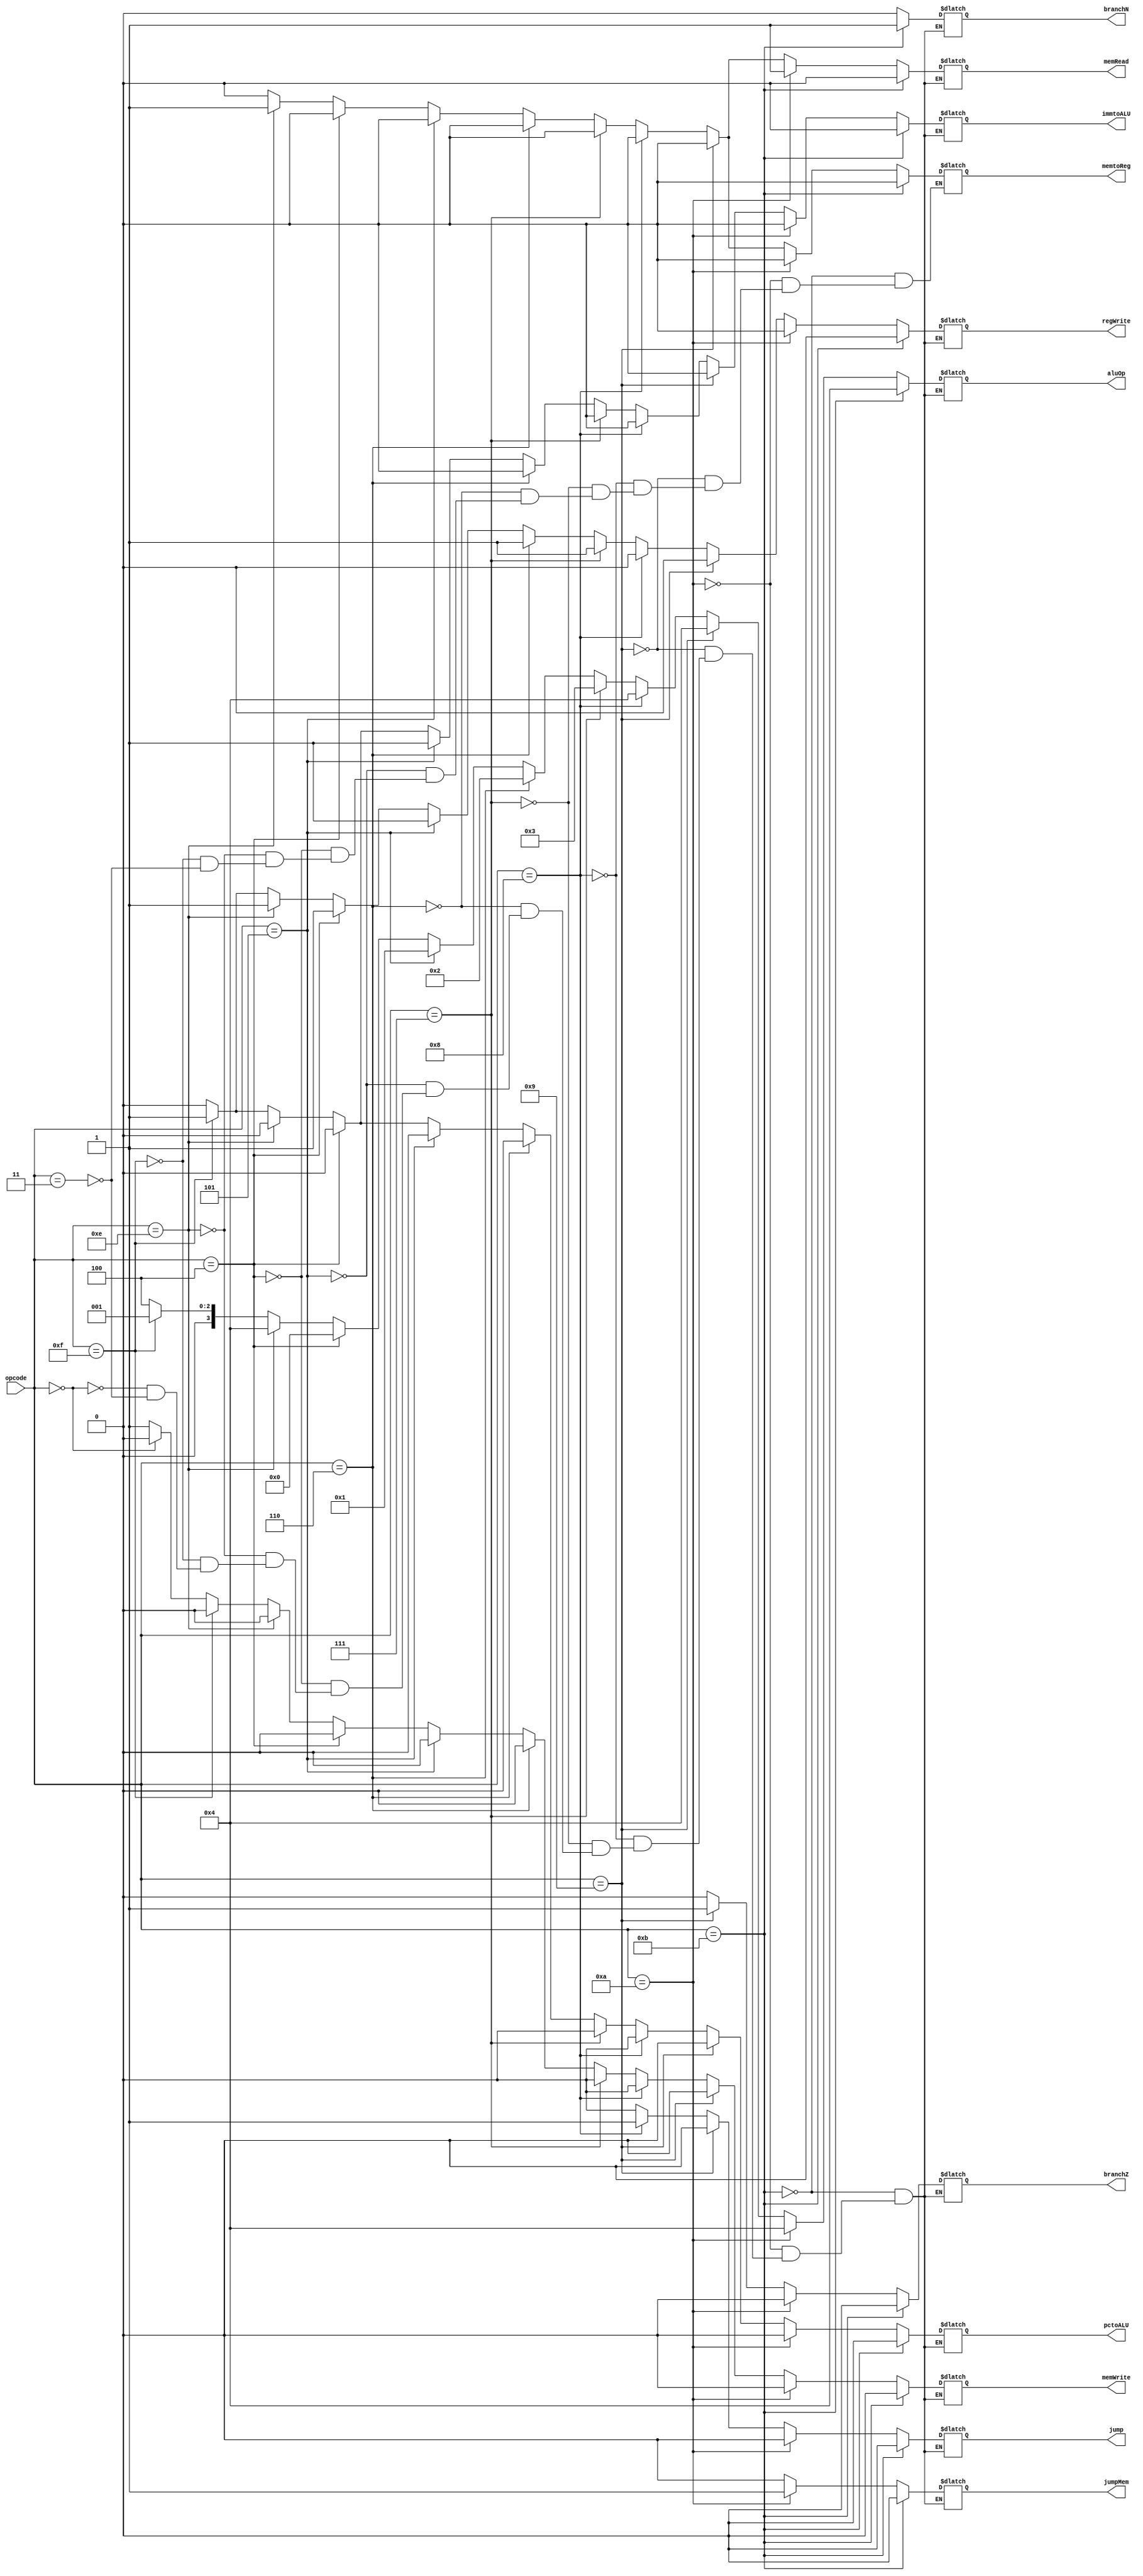
module control_unit(opcode, regWrite, memtoReg, pctoALU, immtoALU, branchN, branchZ, jump, jumpMem, memRead, memWrite, aluOp);
input [3:0] opcode;
output reg [3:0] aluOp;
output reg regWrite, memtoReg, pctoALU, immtoALU, branchN, branchZ, jump, jumpMem, memRead, memWrite;
always@(opcode)
    begin
	if (opcode == 4'b0011) //Store
	begin
		regWrite = 0;
		memtoReg = 0;
		pctoALU= 0;
		immtoALU = 0;
		branchN = 0;
		branchZ = 0;
		jump = 0;
		jumpMem=0;
		memRead = 0;
		memWrite = 1;
		aluOp = 4'b0100;
	end
	
	if (opcode == 4'b0000) //NOP
	begin
		regWrite = 0;
		pctoALU= 0;
		immtoALU = 0;
		branchN = 0;
		branchZ = 0;
		jump = 0;
		jumpMem=0;
		memRead = 0;
		memWrite = 0;
		aluOp = 4'b0100;
	end
	
	if (opcode == 4'b1111) //Save PC
	begin
		regWrite = 1;
		memtoReg = 0;
		pctoALU= 1;
		immtoALU = 1;
		branchN = 0;
		branchZ = 0;
		jump = 0;
		jumpMem=0;
		memRead = 0;
		memWrite = 0;
		aluOp = 4'b0001;
	end
	
	if (opcode == 4'b1110) //Load
	begin
		regWrite = 1;
		memtoReg = 1;
		pctoALU= 0;
		immtoALU = 0;
		branchN = 0;
		branchZ = 0;
		jump = 0;
		jumpMem=0;
		memRead = 1;
		memWrite = 0;
		aluOp = 4'b0100;
	end
	
	if (opcode == 4'b0100) //Add
	begin
		regWrite = 1;
		memtoReg = 0;
		pctoALU= 0;
		immtoALU = 0;
		branchN = 0;
		branchZ = 0;
		jump = 0;
		jumpMem=0;
		memRead = 0;
		memWrite = 0;
		aluOp = 4'b0000;
	end
	
	if (opcode == 4'b0101) //Increment
	begin
		regWrite = 1;
		memtoReg = 0;
		pctoALU= 0;
		immtoALU = 1;
		branchN = 0;
		branchZ = 0;
		jump = 0;
		jumpMem=0;
		memRead = 0;
		memWrite = 0;
		aluOp = 4'b0001;
	end
	
	if (opcode == 4'b0110) //Negate
	begin
		regWrite = 1;
		memtoReg = 0;
		pctoALU= 0;
		immtoALU = 0;
		branchN = 0;
		branchZ = 0;
		jump = 0;
		jumpMem=0;
		memRead = 0;
		memWrite = 0;
		aluOp = 4'b0010;
	end
	
	if (opcode == 4'b0111) //Subtract
	begin
		regWrite = 1;
		memtoReg = 0;
		pctoALU= 0;
		immtoALU = 0;
		branchN = 0;
		branchZ = 0;
		jump = 0;
		jumpMem=0;
		memRead = 0;
		memWrite = 0;
		aluOp = 4'b0011;
	end
	
	if (opcode == 4'b1000) //Jump
	begin
		regWrite = 0;
		memtoReg = 0;
		pctoALU= 0;
		immtoALU = 0;
		branchN = 0;
		branchZ = 0;
		jump = 1;
		jumpMem=0;
		memRead = 0;
		memWrite = 0;
		aluOp = 4'b0100;
	end
	
	if (opcode == 4'b1001) //Branch if Z
	begin
		regWrite = 0;
		memtoReg = 0;
		pctoALU= 0;
		immtoALU = 0;
		branchN = 0;
		branchZ = 1;
		jump = 0;
		jumpMem=0;
		memRead = 0;
		memWrite = 0;
		aluOp = 4'b0100;
	end
	
	if (opcode == 4'b1010) //Jump Mem
	begin
		regWrite = 0;
		memtoReg = 0;
		pctoALU= 0;
		immtoALU = 0;
		branchN = 0;
		branchZ = 0;
		jump = 0;
		jumpMem=1;
		memRead = 1;
		memWrite = 0;
		aluOp = 4'b0100;
	end
	
	if (opcode == 4'b1011) //Branch if N
	begin
		regWrite = 0;
		memtoReg = 0;
		pctoALU= 0;
		immtoALU = 0;
		branchN = 1;
		branchZ = 0;
		jump = 0;
		jumpMem=0;
		memRead = 0;
		memWrite = 0;
		aluOp = 4'b0100;
	end
	
    end
endmodule